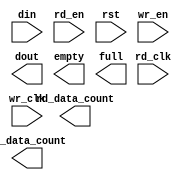
module fifo_xlnx_16x19_2clk(
	din,
	rd_clk,
	rd_en,
	rst,
	wr_clk,
	wr_en,
	dout,
	empty,
	full,
	rd_data_count,
	wr_data_count);


input [18 : 0] din;
input rd_clk;
input rd_en;
input rst;
input wr_clk;
input wr_en;
output [18 : 0] dout;
output empty;
output full;
output [4 : 0] rd_data_count;
output [4 : 0] wr_data_count;

// synthesis translate_off

      FIFO_GENERATOR_V4_3 #(
		.C_COMMON_CLOCK(0),
		.C_COUNT_TYPE(0),
		.C_DATA_COUNT_WIDTH(5),
		.C_DEFAULT_VALUE("BlankString"),
		.C_DIN_WIDTH(19),
		.C_DOUT_RST_VAL("0"),
		.C_DOUT_WIDTH(19),
		.C_ENABLE_RLOCS(0),
		.C_FAMILY("spartan3"),
		.C_FULL_FLAGS_RST_VAL(1),
		.C_HAS_ALMOST_EMPTY(0),
		.C_HAS_ALMOST_FULL(0),
		.C_HAS_BACKUP(0),
		.C_HAS_DATA_COUNT(0),
		.C_HAS_INT_CLK(0),
		.C_HAS_MEMINIT_FILE(0),
		.C_HAS_OVERFLOW(0),
		.C_HAS_RD_DATA_COUNT(1),
		.C_HAS_RD_RST(0),
		.C_HAS_RST(1),
		.C_HAS_SRST(0),
		.C_HAS_UNDERFLOW(0),
		.C_HAS_VALID(0),
		.C_HAS_WR_ACK(0),
		.C_HAS_WR_DATA_COUNT(1),
		.C_HAS_WR_RST(0),
		.C_IMPLEMENTATION_TYPE(2),
		.C_INIT_WR_PNTR_VAL(0),
		.C_MEMORY_TYPE(2),
		.C_MIF_FILE_NAME("BlankString"),
		.C_MSGON_VAL(1),
		.C_OPTIMIZATION_MODE(0),
		.C_OVERFLOW_LOW(0),
		.C_PRELOAD_LATENCY(0),
		.C_PRELOAD_REGS(1),
		.C_PRIM_FIFO_TYPE("512x36"),
		.C_PROG_EMPTY_THRESH_ASSERT_VAL(4),
		.C_PROG_EMPTY_THRESH_NEGATE_VAL(5),
		.C_PROG_EMPTY_TYPE(0),
		.C_PROG_FULL_THRESH_ASSERT_VAL(15),
		.C_PROG_FULL_THRESH_NEGATE_VAL(14),
		.C_PROG_FULL_TYPE(0),
		.C_RD_DATA_COUNT_WIDTH(5),
		.C_RD_DEPTH(16),
		.C_RD_FREQ(1),
		.C_RD_PNTR_WIDTH(4),
		.C_UNDERFLOW_LOW(0),
		.C_USE_DOUT_RST(1),
		.C_USE_ECC(0),
		.C_USE_EMBEDDED_REG(0),
		.C_USE_FIFO16_FLAGS(0),
		.C_USE_FWFT_DATA_COUNT(1),
		.C_VALID_LOW(0),
		.C_WR_ACK_LOW(0),
		.C_WR_DATA_COUNT_WIDTH(5),
		.C_WR_DEPTH(16),
		.C_WR_FREQ(1),
		.C_WR_PNTR_WIDTH(4),
		.C_WR_RESPONSE_LATENCY(1))
	inst (
		.DIN(din),
		.RD_CLK(rd_clk),
		.RD_EN(rd_en),
		.RST(rst),
		.WR_CLK(wr_clk),
		.WR_EN(wr_en),
		.DOUT(dout),
		.EMPTY(empty),
		.FULL(full),
		.RD_DATA_COUNT(rd_data_count),
		.WR_DATA_COUNT(wr_data_count),
		.CLK(),
		.INT_CLK(),
		.BACKUP(),
		.BACKUP_MARKER(),
		.PROG_EMPTY_THRESH(),
		.PROG_EMPTY_THRESH_ASSERT(),
		.PROG_EMPTY_THRESH_NEGATE(),
		.PROG_FULL_THRESH(),
		.PROG_FULL_THRESH_ASSERT(),
		.PROG_FULL_THRESH_NEGATE(),
		.RD_RST(),
		.SRST(),
		.WR_RST(),
		.ALMOST_EMPTY(),
		.ALMOST_FULL(),
		.DATA_COUNT(),
		.OVERFLOW(),
		.PROG_EMPTY(),
		.PROG_FULL(),
		.VALID(),
		.UNDERFLOW(),
		.WR_ACK(),
		.SBITERR(),
		.DBITERR());


// synthesis translate_on

endmodule